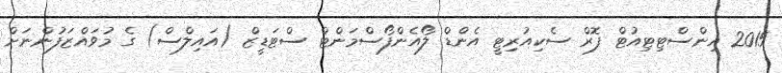
2015 އިންސްޓިޓިއުޓް ފޮރް ސެކިއުރިޓީ އެންޑް ލޯއެންފޯސްމަންޓް ސްޓަޑީޒް (އައިލްސް) ގެ މުވައްޒަފުންނަށް